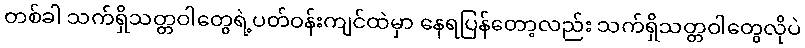
တစ်ခါ သက်ရှိသတ္တဝါတွေရဲ့ပတ်ဝန်းကျင်ထဲမှာ နေရပြန်တော့လည်း သက်ရှိသတ္တဝါတွေလိုပဲ